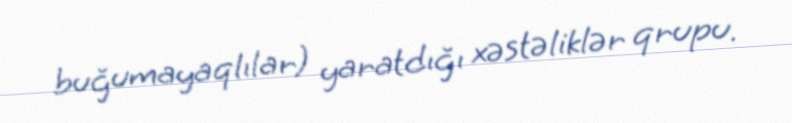
buğumayaqlılar) yaratdığı xəstəliklər qrupu.